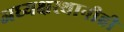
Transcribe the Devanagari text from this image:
अध्यक्षस्थानीही